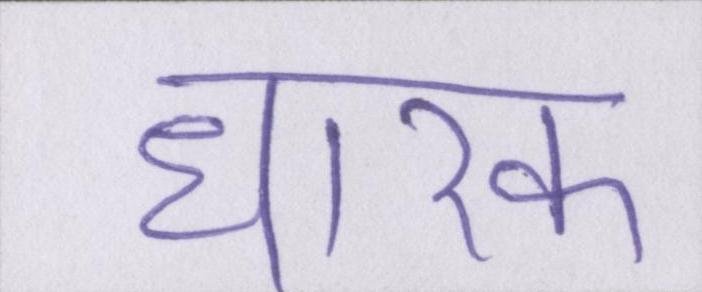
धारक